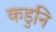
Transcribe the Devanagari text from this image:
कडुनि